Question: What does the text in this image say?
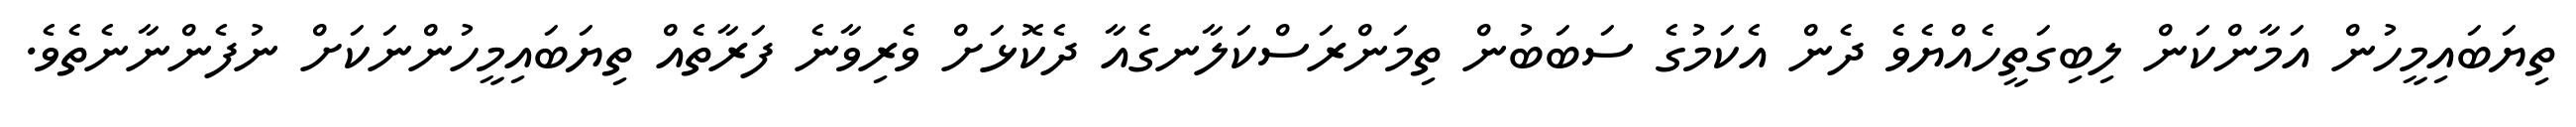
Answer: ތިޔަބައިމީހުން އަމާންކަން ލިބިގަތީހެއްޔެވެ ދެން އެކަމުގެ ސަބަބުން ތިމަންރަސްކަލާނގެއާ ދެކޮޅަށް ވެރިވާނެ ފަރާތެއް ތިޔަބައިމީހުންނަކަށް ނުފެންނާނެތެވެ.